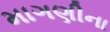
માગણીના